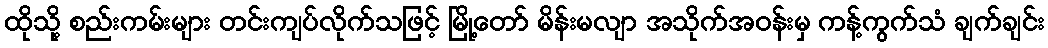
ထိုသို့ စည်းကမ်းများ တင်းကျပ်လိုက်သဖြင့် မြို့တော် မိန်းမလျာ အသိုက်အဝန်းမှ ကန့်ကွက်သံ ချက်ချင်း